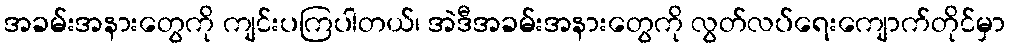
အခမ်းအနားတွေကို ကျင်းပကြပါတယ်၊ အဲဒီအခမ်းအနားတွေကို လွတ်လပ်ရေးကျောက်တိုင်မှာ